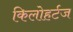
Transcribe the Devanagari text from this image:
किलोहर्टज